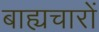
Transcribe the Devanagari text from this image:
बाह्यचारों